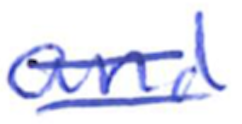
Text: and
Cross-out: double-line
Writing tool: ballpoint